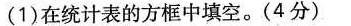
(1)在统计表的方框中填空。(4分)